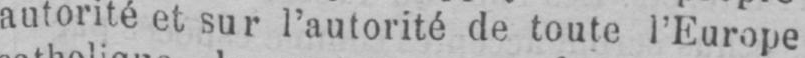
autorité et sur l’autorité de toute l’Europe